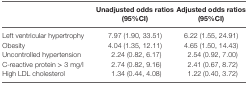
<table><thead><tr><td></td><td><b>Unadjusted odds ratios (95%CI)</b></td><td><b>Adjusted odds ratios (95%CI)</b></td></tr></thead><tbody><tr><td>Left ventricular hypertrophy</td><td>7.97 (1.90, 33.51)</td><td>6.22 (1.55, 24.91)</td></tr><tr><td>Obesity</td><td>4.04 (1.35, 12.11)</td><td>4.65 (1.50, 14.43)</td></tr><tr><td>Uncontrolled hypertension</td><td>2.24 (0.82, 6.17)</td><td>2.54 (0.92, 7.00)</td></tr><tr><td>C-reactive protein &gt; 3 mg/l</td><td>2.74 (0.82, 9.16)</td><td>2.41 (0.67, 8.72)</td></tr><tr><td>High LDL cholesterol</td><td>1.34 (0.44, 4.08)</td><td>1.22 (0.40, 3.72)</td></tr></tbody></table>